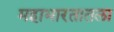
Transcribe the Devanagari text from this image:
महाभारतातला